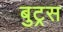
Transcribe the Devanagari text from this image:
बुट्रस